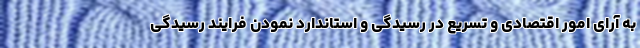
به آرای امور اقتصادی و تسریع در رسیدگی و استاندارد نمودن فرایند رسیدگی